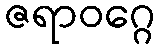
ဇရာဝဂ္ဂေ